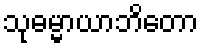
သုဓမ္မာယာဘိတော